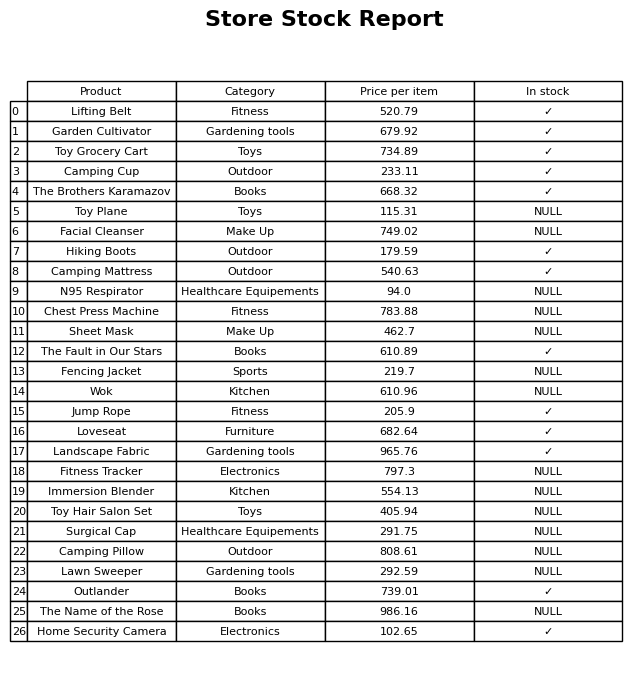
question: What is the price of the Lifting Belt?
answer: The price of Lifting Belt is 520.79.